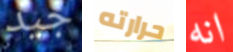
جيد حرارته انه